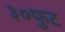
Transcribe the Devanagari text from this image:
३०फुट